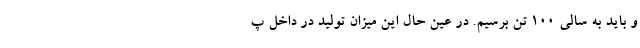
و باید به سالی 100 تن برسیم. در عین حال این میزان تولید در داخل پ